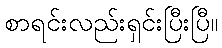
စာရင်းလည်းရှင်းပြီးပြီ။